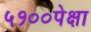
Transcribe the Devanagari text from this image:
५१००पेक्षा